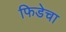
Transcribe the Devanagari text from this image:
फिडेचा